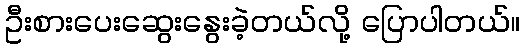
ဦးစားပေးဆွေးနွေးခဲ့တယ်လို့ ပြောပါတယ်။